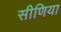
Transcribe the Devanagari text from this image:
सीणिया